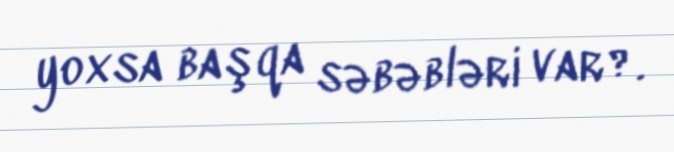
yoxsa başqa səbəbləri var?.